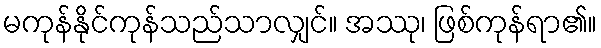
မကုန်နိုင်ကုန်သည်သာလျှင်။ အဿု၊ ဖြစ်ကုန်ရာ၏။